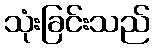
သုံးခြင်းသည်